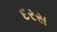
દરસ